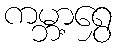
ကမ္ဘာ့ရွှေ